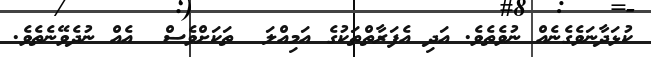
ކުޅަދާނަވެގެނެއް ނުވެތެވެ. އަދި އެފަރާތްތަކުގެ އަމިއްލަ  ތަކަށްވެސް  އެއް ނުދެވޭނެތެވެ.